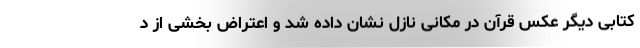
کتابی دیگر عکس قرآن در مکانی نازل نشان داده شد و اعتراض بخشی از د